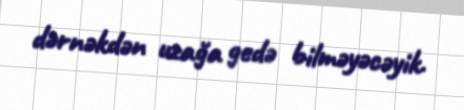
dərnəkdən uzağa gedə bilməyəcəyik.